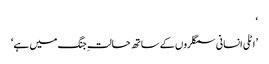
‘
’اٹلی انسانی سمگلروں کے ساتھ حالتِ جنگ میں ہے‘